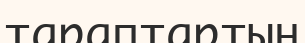
тараптартың